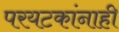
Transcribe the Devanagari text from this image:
परयटकांनाही